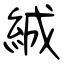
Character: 絾